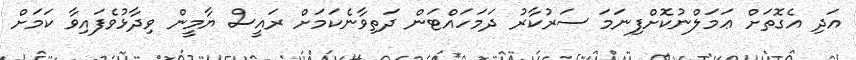
އަދި އެގޮތަށް ޢަމަލްނުކޮށްފިނަމަ ސަރުކާރު ދަމަހައްޓަން ދަތިވާނެކަމަށް ރައީސް ޔާމީން ވިދާޅުވެފައިވާ ކަމަށް